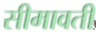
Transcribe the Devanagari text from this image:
सीमावती